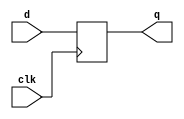
`timescale 1ns / 1ps
module d_ff_neg (clk, d, q);
  input clk, d;
  output q;
  reg q;

  always @(negedge clk) begin
    q <= d;
  end

endmodule